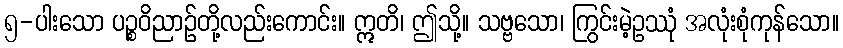
၅-ပါးသော ပဉ္စဝိညာဉ်တို့လည်းကောင်း။ ဣတိ၊ ဤသို့။ သဗ္ဗသော၊ ကြွင်းမဲ့ဥဿုံ အလုံးစုံကုန်သော။